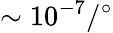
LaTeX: \sim 10^{-7}/{}^{\circ}